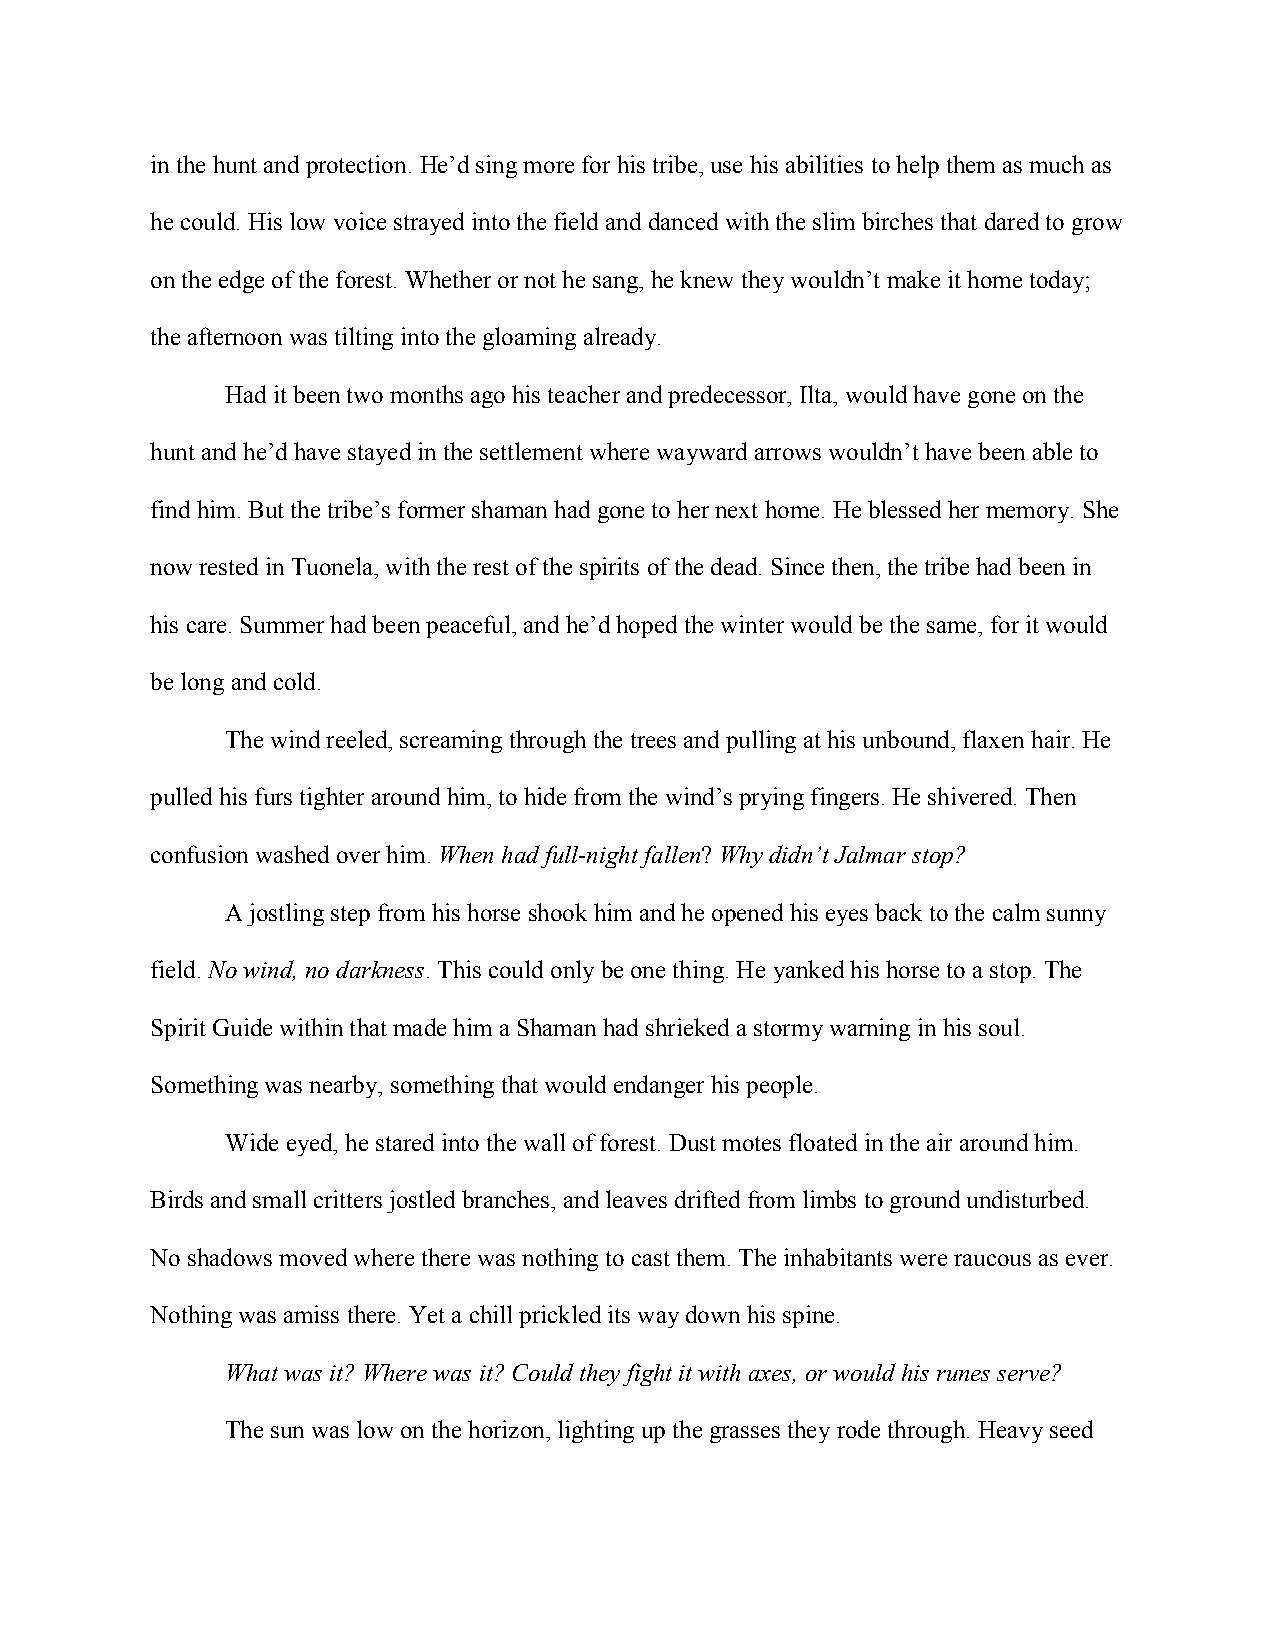
in the hunt and protection. He’d sing more for his tribe, use his abilities to help them as much as
 he could. His low voice strayed into the field and danced with the slim birches that dared to grow
 on the edge of the forest. Whether or not he sang, he knew they wouldn’t make it home today;
 the afternoon was tilting into the gloaming already.
 Had it been two months ago his teacher and predecessor, Ilta, would have gone on the
 hunt and he’d have stayed in the settlement where wayward arrows wouldn’t have been able to
 find him. But the tribe’s former shaman had gone to her next home. He blessed her memory. She
 now rested in Tuonela, with the rest of the spirits of the dead. Since then, the tribe had been in
 his care. Summer had been peaceful, and he’d hoped the winter would be the same, for it would
 be long and cold.
 The wind reeled, screaming through the trees and pulling at his unbound, flaxen hair. He
 pulled his furs tighter around him, to hide from the wind’s prying fingers. He shivered. Then
 confusion washed over him. When had full-night fallen? Why didn’t Jalmar stop?
 A jostling step from his horse shook him and he opened his eyes back to the calm sunny
 field. No wind, no darkness. This could only be one thing. He yanked his horse to a stop. The
 Spirit Guide within that made him a Shaman had shrieked a stormy warning in his soul.
 Something was nearby, something that would endanger his people.
 Wide eyed, he stared into the wall of forest. Dust motes floated in the air around him.
 Birds and small critters jostled branches, and leaves drifted from limbs to ground undisturbed.
 No shadows moved where there was nothing to cast them. The inhabitants were raucous as ever.
 Nothing was amiss there. Yet a chill prickled its way down his spine.
 What was it? Where was it? Could they fight it with axes, or would his runes serve?
 The sun was low on the horizon, lighting up the grasses they rode through. Heavy seed